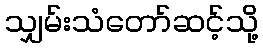
သျှမ်းသံတော်ဆင့်သို့